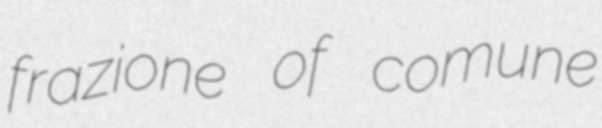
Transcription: frazione of comune